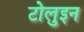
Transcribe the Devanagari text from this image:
टोलुइन